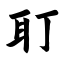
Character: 耵